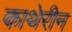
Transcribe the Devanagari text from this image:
काथेरीन